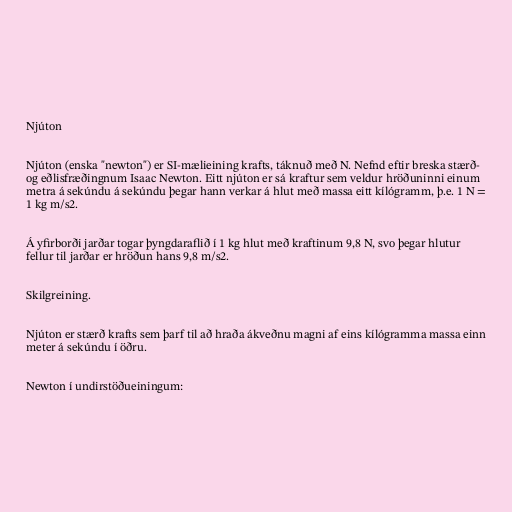
Njúton

Njúton (enska "newton") er SI-mælieining krafts, táknuð með N. Nefnd eftir breska stærð-
og eðlisfræðingnum Isaac Newton. Eitt njúton er sá kraftur sem veldur hröðuninni einum
metra á sekúndu á sekúndu þegar hann verkar á hlut með massa eitt kílógramm, þ.e. 1 N =
1 kg m/s2.

Á yfirborði jarðar togar þyngdaraflið í 1 kg hlut með kraftinum 9,8 N, svo þegar hlutur
fellur til jarðar er hröðun hans 9,8 m/s2.

Skilgreining.

Njúton er stærð krafts sem þarf til að hraða ákveðnu magni af eins kílógramma massa einn
meter á sekúndu í öðru.

Newton í undirstöðueiningum: